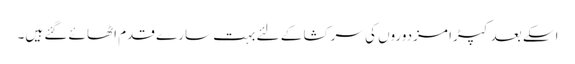
اسکے بعد کپڑا مزدوروں کی سرکشا کے لئے بہت سارے قدم اٹھائے گئے ہیں۔